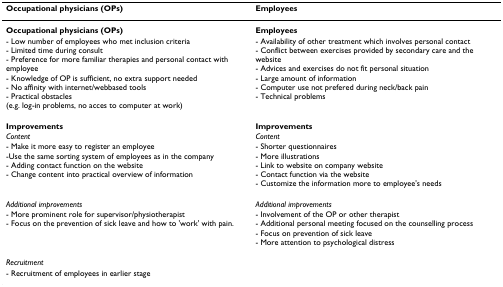
<table><thead><tr><td><b>Occupational physicians (OPs)</b></td><td><b>Employees</b></td></tr></thead><tbody><tr><td><b>Occupational physicians (OPs)</b></td><td><b>Employees</b></td></tr><tr><td>- Low number of employees who met inclusion criteria- Limited time during consult- Preference for more familiar therapies and personal contact with employee- Knowledge of OP is sufficient, no extra support needed- No affinity with internet/webbased tools- Practical obstacles (e.g. log-in problems, no acces to computer at work)</td><td>- Availability of other treatment which involves personal contact- Conflict between exercises provided by secondary care and the website- Advices and exercises do not fit personal situation- Large amount of information- Computer use not prefered during neck/back pain- Technical problems</td></tr><tr><td><b>Improvements</b></td><td><b>Improvements</b></td></tr><tr><td><i>Content</i></td><td><i>Content</i></td></tr><tr><td>- Make it more easy to register an employee-Use the same sorting system of employees as in the company- Adding contact function on the website- Change content into practical overview of information</td><td>- Shorter questionnaires- More illustrations- Link to website on company website- Contact function via the website- Customize the information more to employee&#x27;s needs</td></tr><tr><td><i>Additional improvements</i></td><td><i>Additional improvements</i></td></tr><tr><td>- More prominent role for supervisor/physiotherapist- Focus on the prevention of sick leave and how to &#x27;work&#x27; with pain.</td><td>- Involvement of the OP or other therapist- Additional personal meeting focused on the counselling process- Focus on prevention of sick leave- More attention to psychological distress</td></tr><tr><td><i>Recruitment</i></td><td></td></tr><tr><td>- Recruitment of employees in earlier stage</td><td></td></tr></tbody></table>